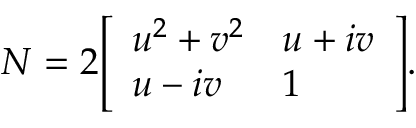
N = 2 { \left[ \begin{array} { l l } { u ^ { 2 } + v ^ { 2 } } & { u + i v } \\ { u - i v } & { 1 } \end{array} \right] } .